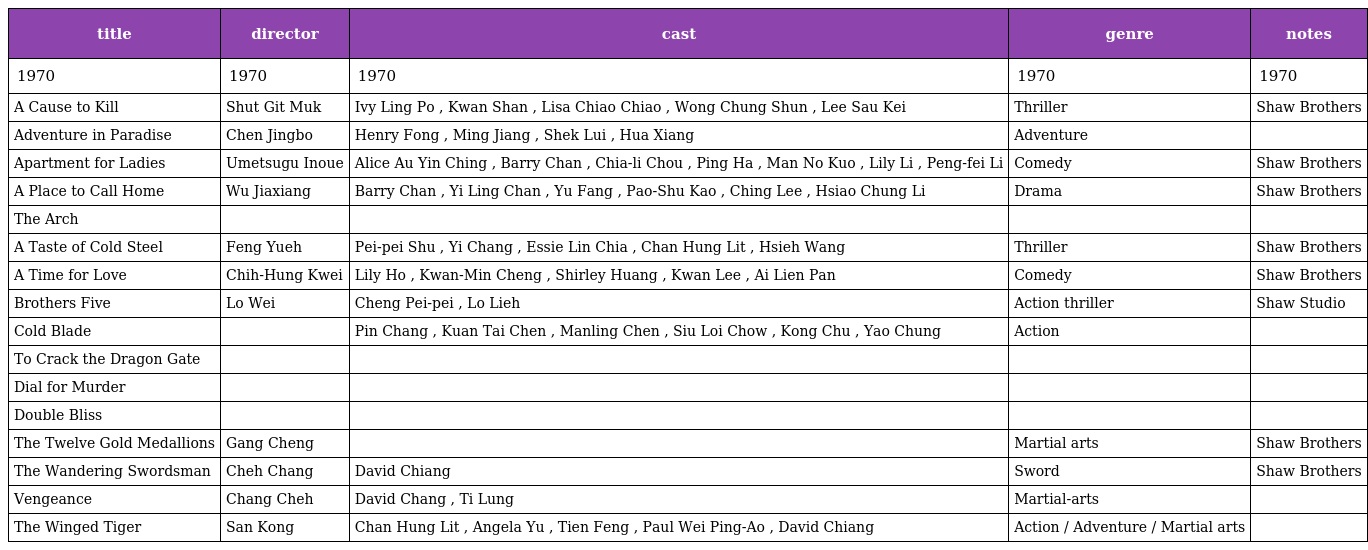
| title | director | cast | genre | notes |
 | --- | --- | --- | --- | --- |
 | 1970 | 1970 | 1970 | 1970 | 1970 |
 | A Cause to Kill | Shut Git Muk | Ivy Ling Po , Kwan Shan , Lisa Chiao Chiao , Wong Chung Shun , Lee Sau Kei | Thriller | Shaw Brothers |
 | Adventure in Paradise | Chen Jingbo | Henry Fong , Ming Jiang , Shek Lui , Hua Xiang | Adventure |  |
 | Apartment for Ladies | Umetsugu Inoue | Alice Au Yin Ching , Barry Chan , Chia-li Chou , Ping Ha , Man No Kuo , Lily Li , Peng-fei Li | Comedy | Shaw Brothers |
 | A Place to Call Home | Wu Jiaxiang | Barry Chan , Yi Ling Chan , Yu Fang , Pao-Shu Kao , Ching Lee , Hsiao Chung Li | Drama | Shaw Brothers |
 | The Arch |  |  |  |  |
 | A Taste of Cold Steel | Feng Yueh | Pei-pei Shu , Yi Chang , Essie Lin Chia , Chan Hung Lit , Hsieh Wang | Thriller | Shaw Brothers |
 | A Time for Love | Chih-Hung Kwei | Lily Ho , Kwan-Min Cheng , Shirley Huang , Kwan Lee , Ai Lien Pan | Comedy | Shaw Brothers |
 | Brothers Five | Lo Wei | Cheng Pei-pei , Lo Lieh | Action thriller | Shaw Studio |
 | Cold Blade |  | Pin Chang , Kuan Tai Chen , Manling Chen , Siu Loi Chow , Kong Chu , Yao Chung | Action |  |
 | To Crack the Dragon Gate |  |  |  |  |
 | Dial for Murder |  |  |  |  |
 | Double Bliss |  |  |  |  |
 | The Twelve Gold Medallions | Gang Cheng |  | Martial arts | Shaw Brothers |
 | The Wandering Swordsman | Cheh Chang | David Chiang | Sword | Shaw Brothers |
 | Vengeance | Chang Cheh | David Chang , Ti Lung | Martial-arts |  |
 | The Winged Tiger | San Kong | Chan Hung Lit , Angela Yu , Tien Feng , Paul Wei Ping-Ao , David Chiang | Action / Adventure / Martial arts |  |